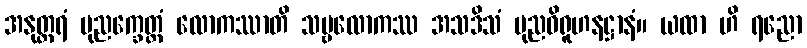
အနုတ္တရံ ပုညက္ခေတ္တံ လောကဿာတိ သဗ္ဗလောကဿ အသဒိသံ ပုညဝိရူဟနဋ္ဌာနံ။ ယထာ ဟိ ရညော